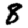
Digit: 8